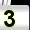
Digit: 3